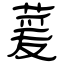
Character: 萲